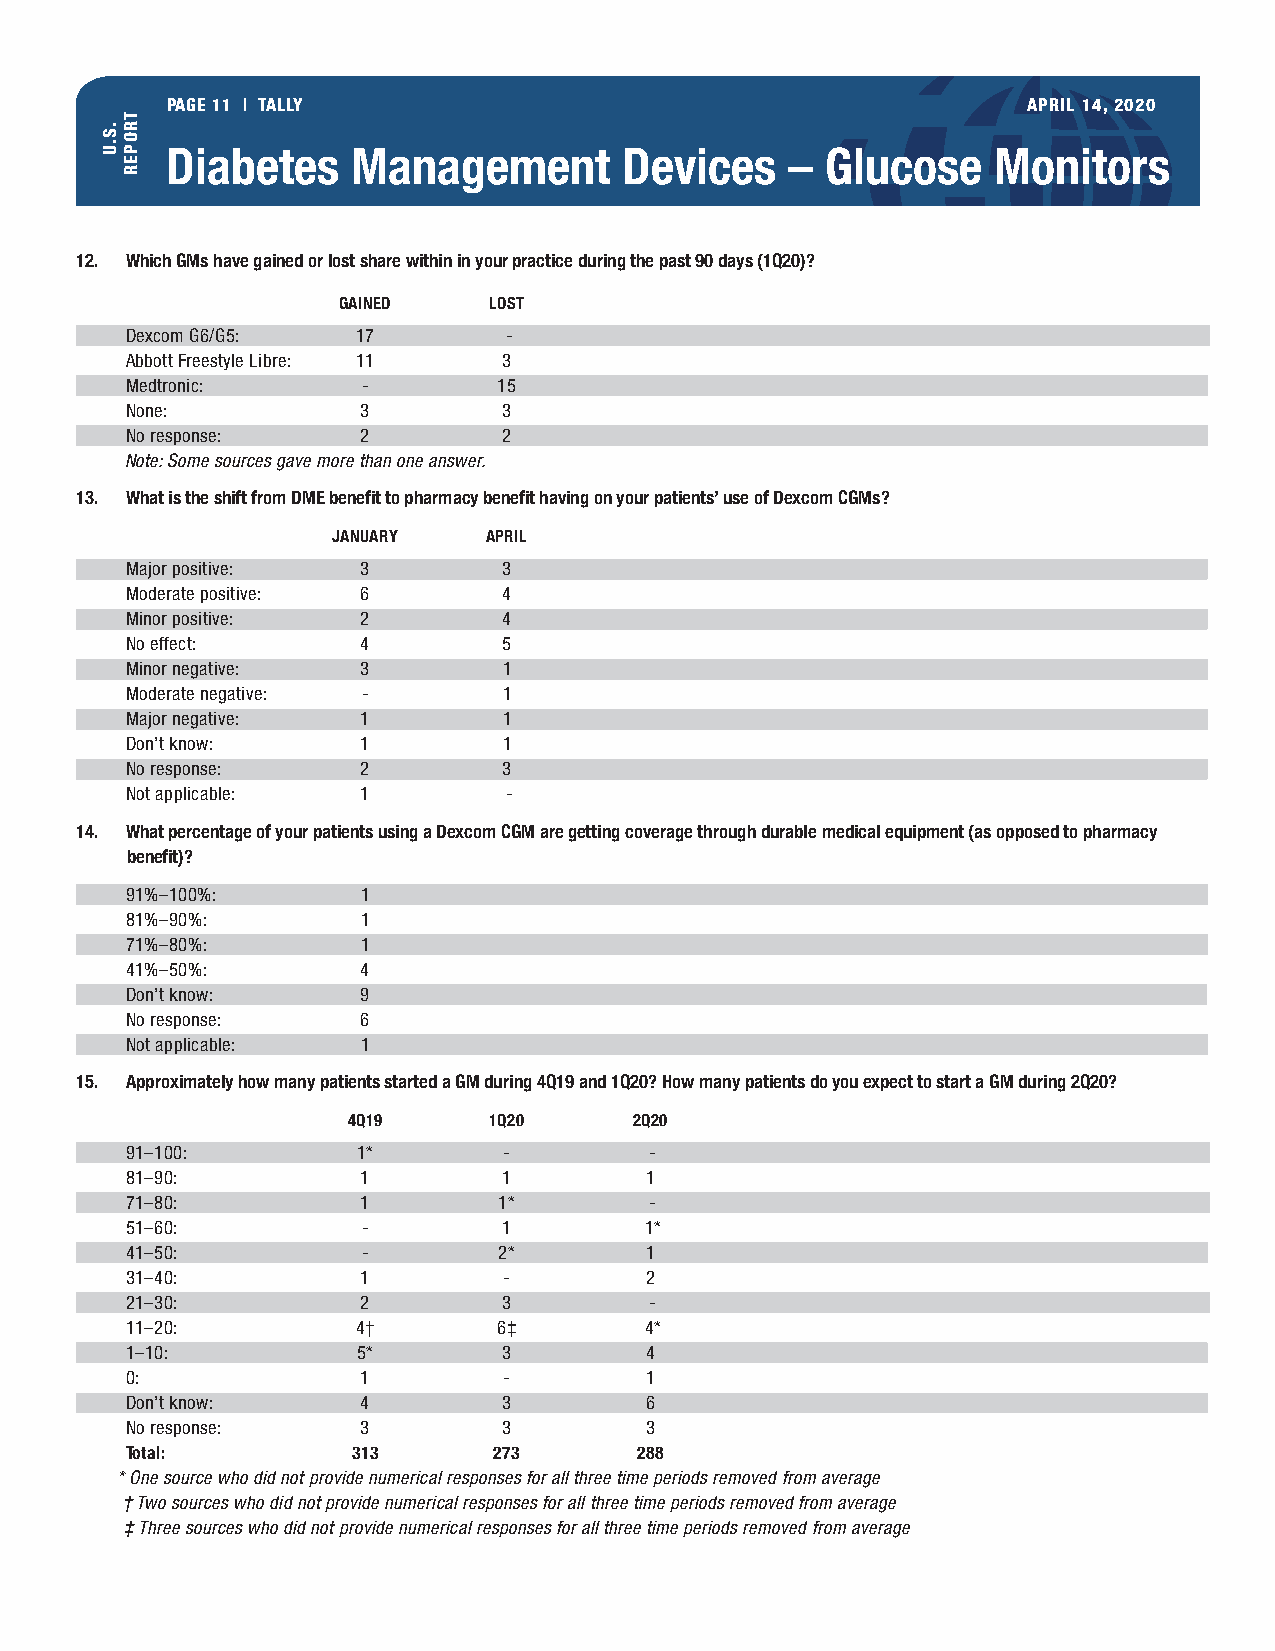
PAGE 11 | TALLY                                          APRIL 14, 2020
 Diabetes    Management        Devices    –  Glucose    Monitors
 12. Which GMs have gained or lost share within in your practice during the past 90 days (1Q20)?
 GAINED    LOST
 Dexcom G6/G5:   17       -
 Abbott Freestyle Libre: 11 3
 Medtronic:      -        15
 None:           3        3
 No response:    2        2
 Note: Some sources gave more than one answer.
 13. What is the shift from DME benefit to pharmacy benefit having on your patients’ use of Dexcom CGMs?
 JANUARY   APRIL
 Major positive: 3        3
 Moderate positive: 6     4
 Minor positive: 2        4
 No effect:      4        5
 Minor negative: 3        1
 Moderate negative: -     1
 Major negative: 1        1
 Don’t know:     1        1
 No response:    2        3
 Not applicable: 1        -
 14. What percentage of your patients using a Dexcom CGM are getting coverage through durable medical equipment (as opposed to pharmacy
 benefit)?
 91%–100%:       1
 81%–90%:        1
 71%–80%:        1
 41%–50%:        4
 Don’t know:     9
 No response:    6
 Not applicable: 1
 15. Approximately how many patients started a GM during 4Q19 and 1Q20? How many patients do you expect to start a GM during 2Q20?
 4Q19     1Q20      2Q20
 91–100:         1*       -         -
 81–90:          1        1         1
 71–80:          1        1*        -
 51–60:          -        1         1*
 41–50:          -        2*        1
 31–40:          1        -         2
 21–30:          2        3         -
 11–20:          4†       6‡        4*
 1–10:           5*       3         4
 0:              1        -         1
 Don’t know:     4        3         6
 No response:    3        3         3
 Total:         313       273      288
 * One source who did not provide numerical responses for all three time periods removed from average
 † Two sources who did not provide numerical responses for all three time periods removed from average
 ‡ Three sources who did not provide numerical responses for all three time periods removed from average
 .S.U
 TROPER